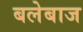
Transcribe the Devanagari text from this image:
बलेबाज